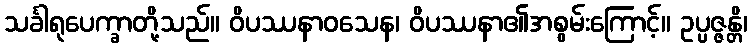
သင်္ခါရုပေက္ခာတို့သည်။ ဝိပဿနာဝသေန၊ ဝိပဿနာ၏အစွမ်းကြောင့်။ ဥပ္ပဇ္ဇန္တိ၊